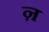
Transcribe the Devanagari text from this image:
ऩ